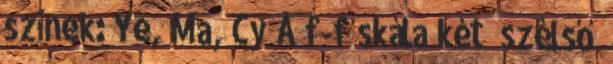
színek: Ye, Ma, Cy A f-f skála két „szélső”